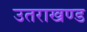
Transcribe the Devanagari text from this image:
उतराखण्ड